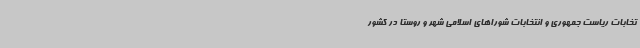
تخابات ریاست جمهوری و انتخابات شوراهای اسلامی شهر و روستا در کشور